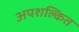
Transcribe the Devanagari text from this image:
अपशल्कित